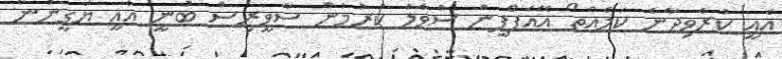
އެއީ ކުރެވިދާނެ ކަމެއްތޯ އޭއެފްޕީން ސުވާލު ކުރުމުން ސާވީރިސް ބުނީ އެއީ ޔަގީނުން